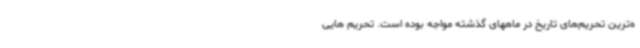
ه‌ترین تحریم‌های تاریخ در ماههای گذشته مواجه بوده است. تحریم هایی